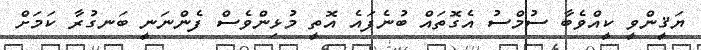
ޔަޤީންވީ ކީއްވެބާ ސުމްސު އެގޮތައް ބުނެފައެ އޮތީ މުޅިންވެސް ފެންނަނީ ބަނގުރާ ކަމަށް